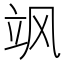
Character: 飒